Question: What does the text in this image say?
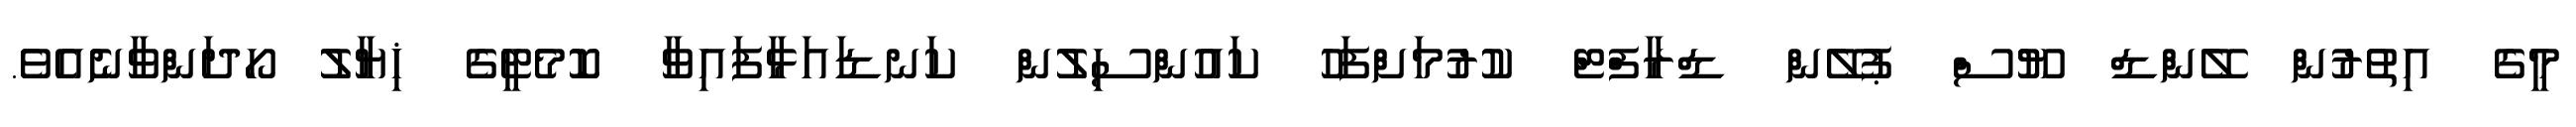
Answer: މީގެ އިތުރުން ލޭންޑް ޔޫސް ޕުލޭން ޑްރާފްޓް ކުރުމަށްފަހު ކައުންސިލުން ކަނޑައަޅާފައިވާ ކޮމެޓީގެ ޚިޔާލު ހޯދަންވާނެއެވެ.